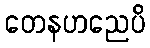
တေနဟညေပိ